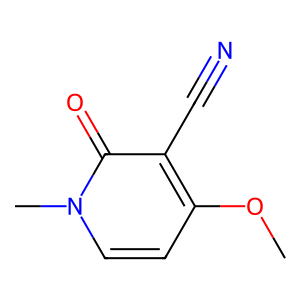
SMILES: COc1ccn(C)c(=O)c1C#N
Inhibits HIV replication: No